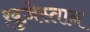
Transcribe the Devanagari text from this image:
ख़ुज़ेस्तान